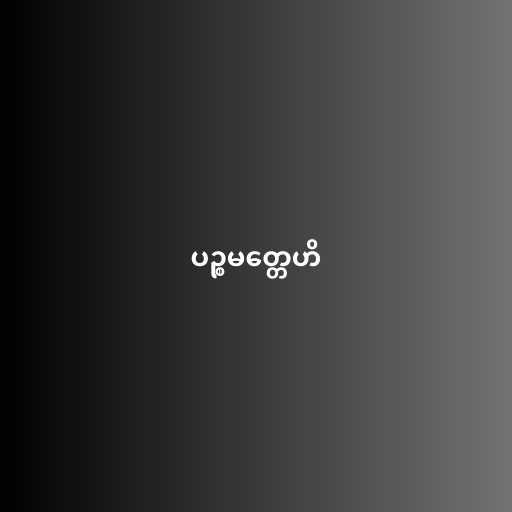
ပဉ္စမတ္တေဟိ